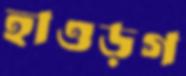
হাওড়গ